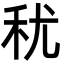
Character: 𮂱